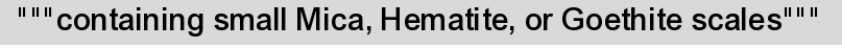
"""containing small Mica, Hematite, or Goethite scales"""